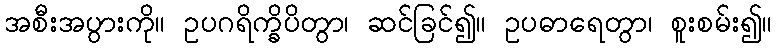
အစီးအပွားကို။ ဥပဂရိက္ခိပိတွာ၊ ဆင်ခြင်၍။ ဥပဓာရေတွာ၊ စူးစမ်း၍။